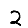
Digit: 2